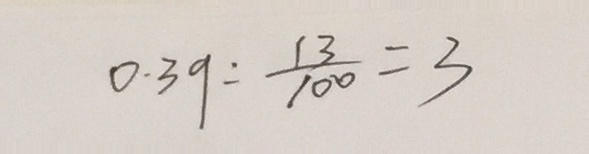
0 . 3 9 : \frac { 1 3 } { 1 0 0 } = 3